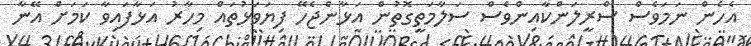
އެހެން ނަމަވެސް ސްރީލަންކާއިންވެސް ސަލާމަތީގޮތުން އަޅާންޖެހޭ ފިޔަވަޅުތައް މިހާރު އަޅާފައިވާ ކަމަށް އޭނާ